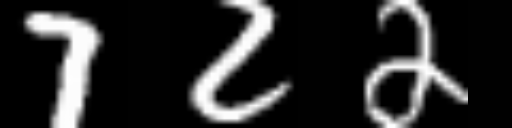
Text: 722